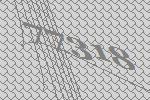
77318